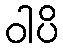
ဝါပိ